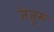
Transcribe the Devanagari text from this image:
जेजुरु